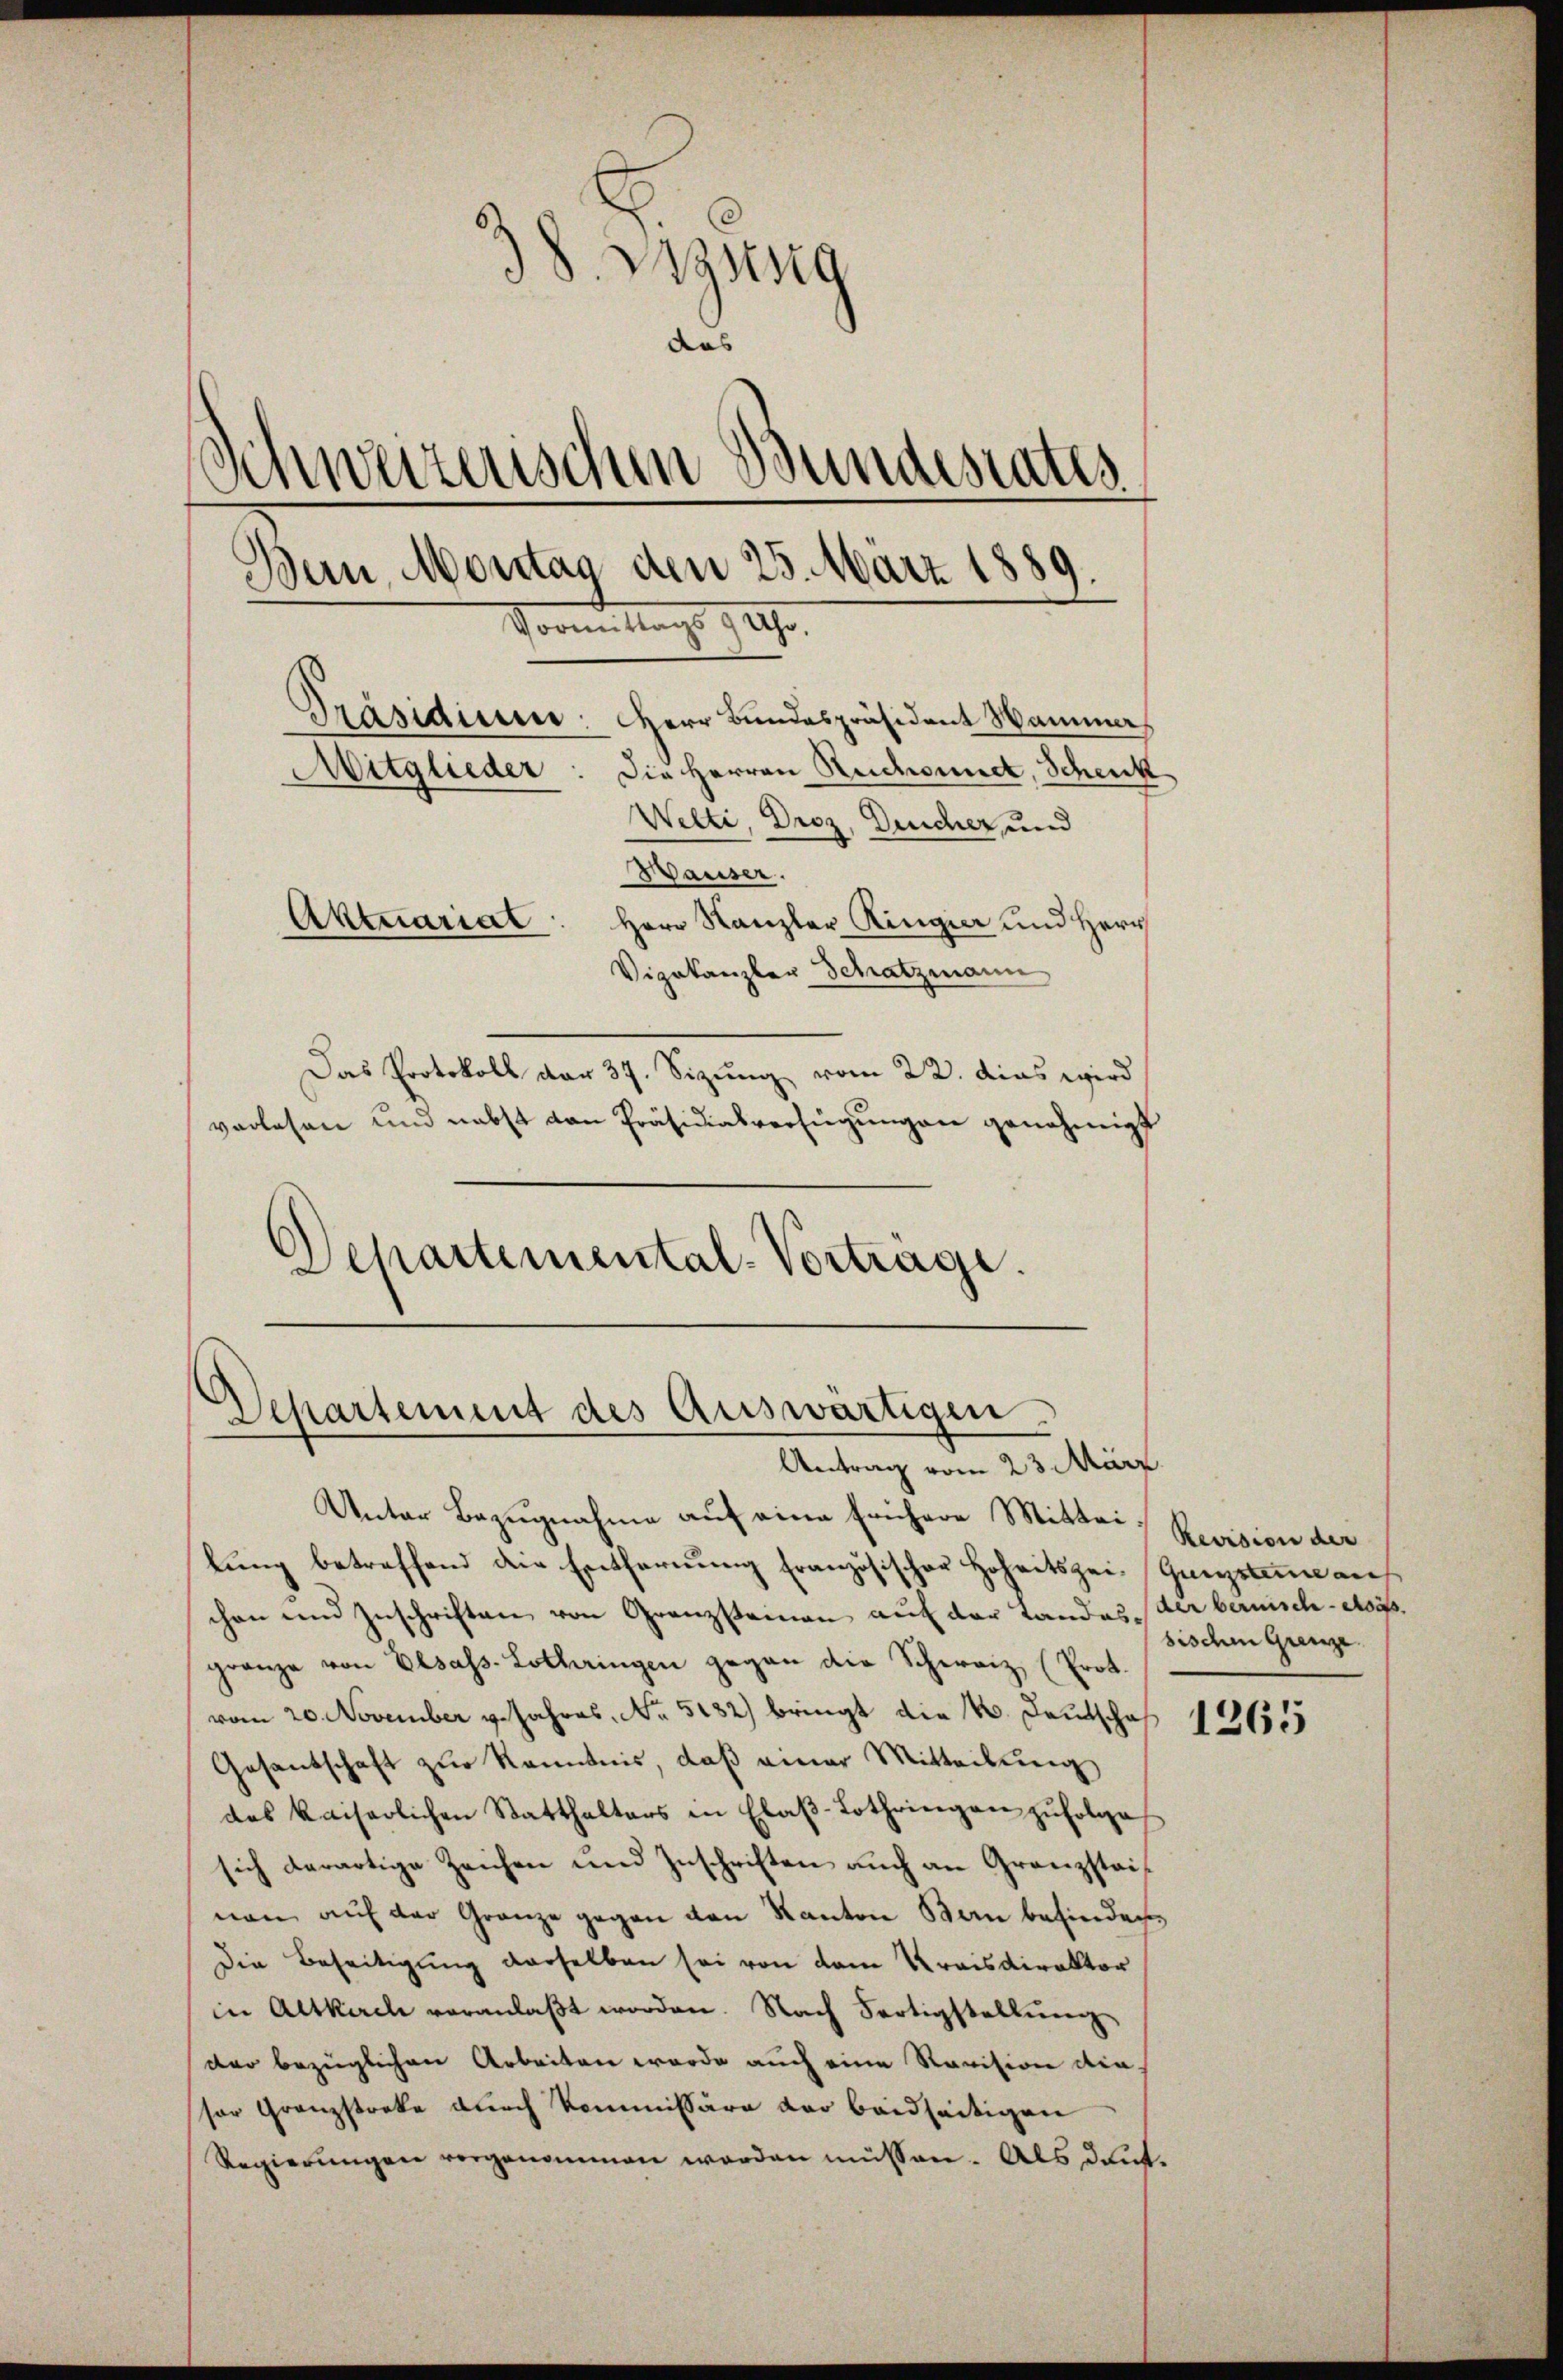
3 S. Byssig
das
Schweizerischen Bundesrates
Bern, Montag den 25. März 1889.
Horen Tag. 94.
Präsidium. Herr Bundespräsident Wamma
Die Herren Reichsundt, Schenk
Mitglieder
Welti, Droz, Deucher und
Wauser.
Aktuariat: Herr Kanzler Ringier und Herr
Vizekanzler Schatzmann

Das Protokoll dar 37. Sizung vom 22. dies wird
verlesen und nebst von Präsidialverfügungen genehmigt
Departemental-Vortrage.

Departement des Auswärtigen.
Antrag vom 23. März.

Unter Bezugnahme auf eine frühere Mitteilung betreffend die Entfernung französischer Hoheitszei- Gunstum auf
chen und Zuschriften von Granzsteinen auf der Landes der berisch-Asis.
gränze von Elsass-Lothringen gegen die Schweiz, (Prot.
vom 20. November v. Jahres No 5182) bringt die 4. Deutscha
Gesandschaft zur Kenntnis, daß einer Mitteilung
des kaiserlichen Statthalters in Elaβ-Lothringen zŭfolge
sich derartige Zeichen und Zuschriften auch an Granzsteinen auf der Granze gegen den Kanton Bern befinden,
Die Beseitigung derselben sei von dem Kreisdirektor
in Altkirch veranlaßt worden. Nach Fertigstellung
der bezüglichen Arbeiten werde auch eine Revision den
sor Granzstreke durch Kommissäre der beidseitigen
Regierŭngen vorgenommen worden müssen. Als deut¬

Revision der
sischem Grenze

1265